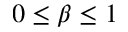
0 \leq \beta \leq 1